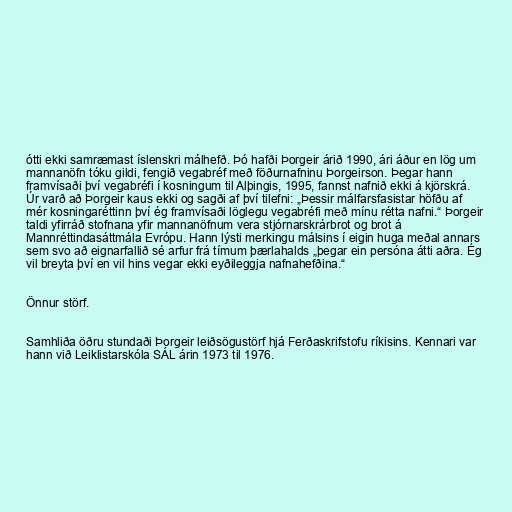
ótti ekki samræmast íslenskri málhefð. Þó hafði Þorgeir árið 1990, ári áður en lög um
mannanöfn tóku gildi, fengið vegabréf með föðurnafninu Þorgeirson. Þegar hann
framvísaði því vegabréfi í kosningum til Alþingis, 1995, fannst nafnið ekki á kjörskrá.
Úr varð að Þorgeir kaus ekki og sagði af því tilefni: „Þessir málfarsfasistar höfðu af
mér kosningaréttinn því ég framvísaði löglegu vegabréfi með mínu rétta nafni.“ Þorgeir
taldi yfirráð stofnana yfir mannanöfnum vera stjórnarskrárbrot og brot á
Mannréttindasáttmála Evrópu. Hann lýsti merkingu málsins í eigin huga meðal annars
sem svo að eignarfallið sé arfur frá tímum þærlahalds „þegar ein persóna átti aðra. Ég
vil breyta því en vil hins vegar ekki eyðileggja nafnahefðina.“

Önnur störf.

Samhliða öðru stundaði Þorgeir leiðsögustörf hjá Ferðaskrifstofu ríkisins. Kennari var
hann við Leiklistarskóla SÁL árin 1973 til 1976.